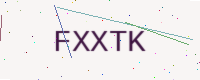
Text: FXXTK